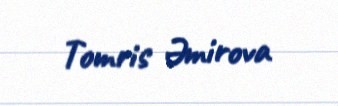
Tomris Əmirova